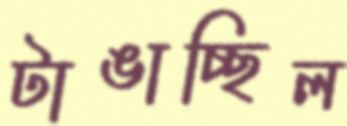
টাঙাচ্ছিল